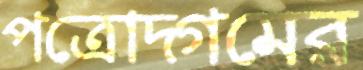
পত্রোদ্গমের